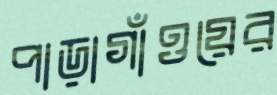
পাড়াগাঁওয়ের